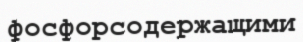
фосфорсодержащими